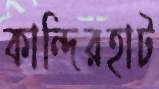
কান্দিরহাট